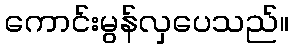
ကောင်းမွန်လှပေသည်။